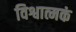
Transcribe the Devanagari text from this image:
विश्वात्मकं